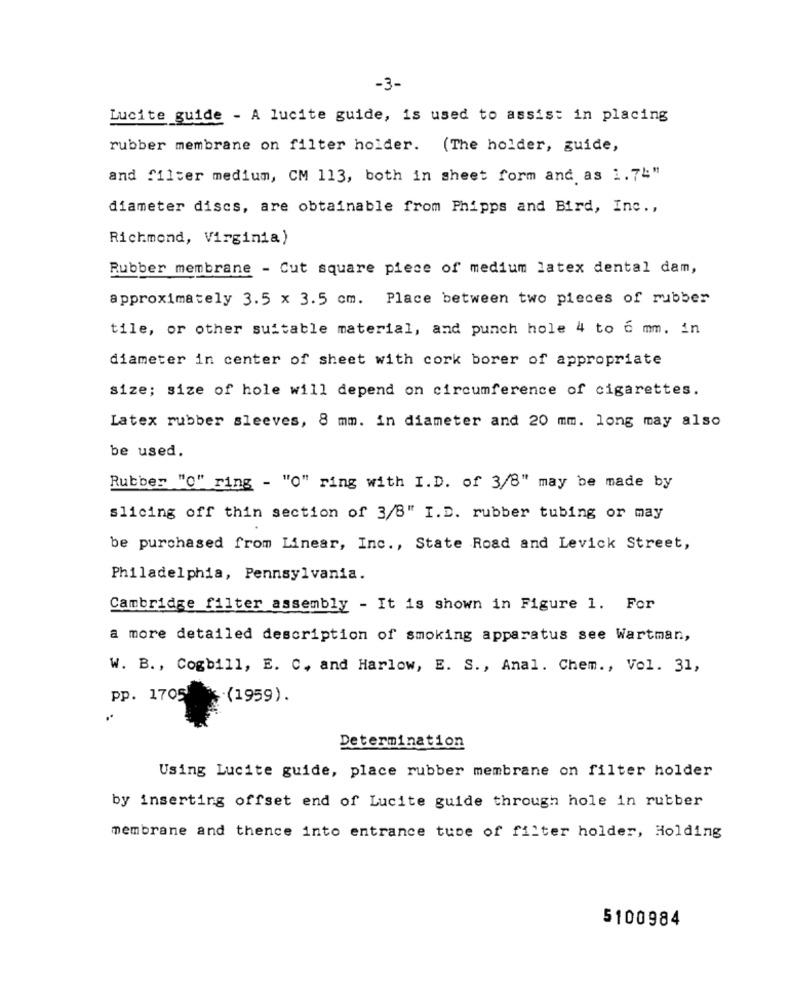
-3-
Lucite guide - A lucite guide, is used to assist in placing
rubber membrane on filter holder. (The holder, guide,
and filter medium, CM 113, both in sheet form and as 1.74"
diameter discs, are obtainable from Phipps and Bird, Inc .,
Richmond, Virginia)
Rubber membrane - Cut square piece of medium latex dental dam,
approximately 3.5 x 3.5 cm. Place between two pieces of rubber
tile, or other suitable material, and punch hole 4 to 6 mm. in
diameter in center of sheet with cork borer of appropriate
size; size of hole will depend on circumference of cigarettes.
Latex rubber sleeves, 8 mm. in diameter and 20 mm. long may also
be used.
Rubber "O" ring - "O" ring with I. D. of 3/8" may be made by
slicing off thin section of 3/8" I.D. rubber tubing or may
be purchased from Linear, Inc ., State Road and Levick Street,
Philadelphia, Pennsylvania.
Cambridge filter assembly - It is shown in Figure 1. For
a more detailed description of smoking apparatus see Wartman,
W. B ., Cogbill, E. C. and Harlow, E. S ., Anal. Chem ., Vol. 31,
pp. 1705
.(1959).
Determination
Using Lucite guide, place rubber membrane on filter holder
by inserting offset end of Lucite guide through hole in rubber
membrane and thence into entrance tube of filter holder, Holding
5100984